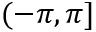
( - \pi , \pi ]